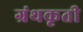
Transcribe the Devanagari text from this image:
ग्रंथकृती